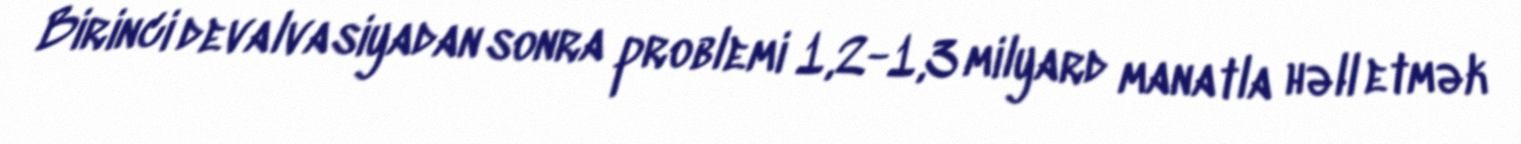
Birinci devalvasiyadan sonra problemi 1,2-1,3 milyard manatla həll etmək